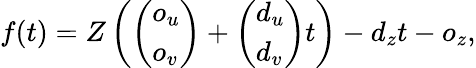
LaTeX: f(t)=Z\left(\left(\begin{array}{l}{o_{u}}\\ {o_{v}}\end{array}\right)+\left(\begin{array}{l}{d_{u}}\\ {d_{v}}\end{array}\right)t\right)-d_{z}t-o_{z},